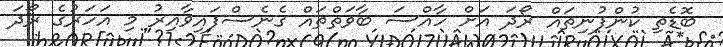
ބޮޑެތި ކުންފުނިތައް ރޯދަ އަށް ހާއްސަ ބާވަތްތައް ގެނެސްފައިވާއިރު މި އަހަރުގެ ރޯދަ